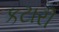
કટારી